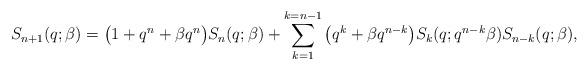
LaTeX: \begin{gather*}S_{n+1}(q;\beta)= \big(1+q^{n}+\beta q^{n}\big) S_n(q;\beta)+\sum_{k=1}^{k=n-1}\big(q^k+\beta q^{n-k}\big) S_{k}(q;q^{n-k} \beta) S_{n-k}(q;\beta),\end{gather*}